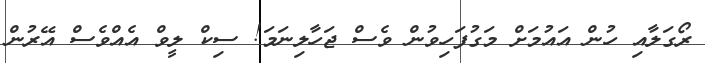
ރޯގަލާއި ހުން އައުމަށް މަގުފަހިވުން ވެސް ޖަހާލިނަމަ! ސިކް ލީވް އެއްވެސް އޭރުން